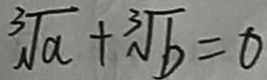
\sqrt [ 3 ] { a } + \sqrt [ 3 ] { b } = 0